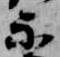
示